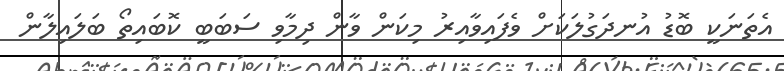
އެތަނަކީ ބޮޑު އުނދަގުލަކަށް ވެފައިވާއިރު މިކަން ވާން ދިމާވި ސަބަބީ ކޮބައިތޯ ބަލައިލާން